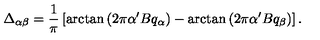
\Delta _ { \alpha \beta } = { \frac { 1 } { \pi } } \left[ \arctan \left( 2 \pi \alpha ^ { \prime } B q _ { \alpha } \right) - \arctan \left( 2 \pi \alpha ^ { \prime } B q _ { \beta } \right) \right] .